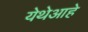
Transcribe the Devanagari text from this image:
येथेआहे